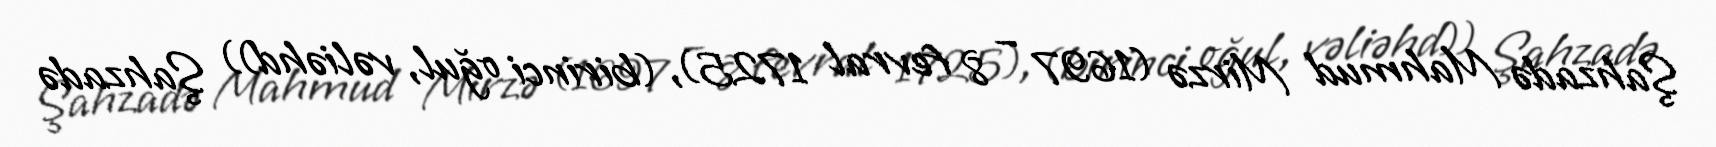
Şahzadə Mahmud Mirzə (1697 – 8 fevral 1725), (birinci oğul, vəliəhd)) Şahzadə